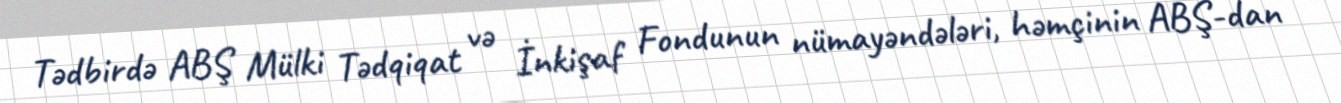
Tədbirdə ABŞ Mülki Tədqiqat və İnkişaf Fondunun nümayəndələri, həmçinin ABŞ-dan